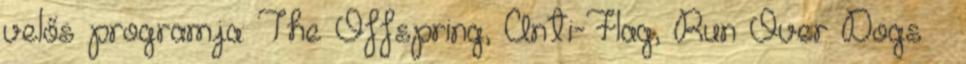
velős programja: The Offspring, Anti-Flag, Run Over Dogs –